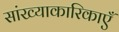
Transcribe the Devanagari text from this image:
सांख्याकारिकाएँ